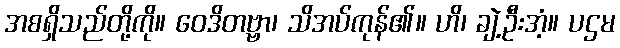
အစရှိသည်တို့ကို။ ဝေဒိတဗ္ဗာ၊ သိအပ်ကုန်၏။ ဟိ၊ ချဲ့ဦးအံ့။ ပဌမ